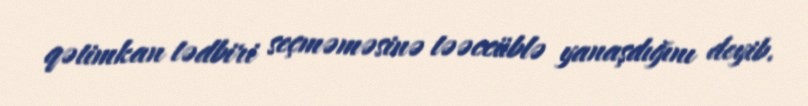
qətimkan tədbiri seçməməsinə təəccüblə yanaşdığını deyib.